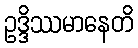
ဥဒ္ဒိဿမာနေတိ